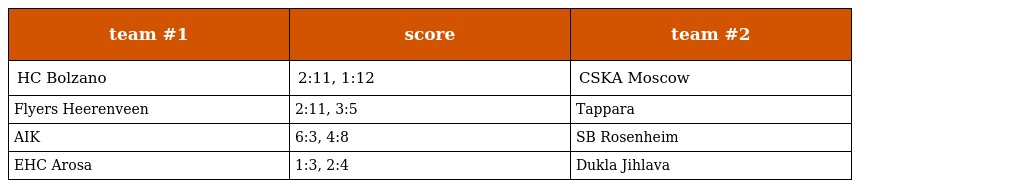
| team #1 | score | team #2 |
 | --- | --- | --- |
 | HC Bolzano | 2:11, 1:12 | CSKA Moscow |
 | Flyers Heerenveen | 2:11, 3:5 | Tappara |
 | AIK | 6:3, 4:8 | SB Rosenheim |
 | EHC Arosa | 1:3, 2:4 | Dukla Jihlava |